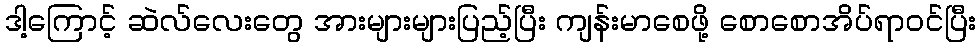
ဒါ့ကြောင့် ဆဲလ်လေးတွေ အားများများပြည့်ပြီး ကျန်းမာစေဖို့ စောစောအိပ်ရာဝင်ပြီး